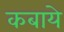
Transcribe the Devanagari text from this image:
कबाये